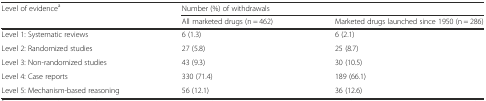
| <ROWSPAN=2> Level of evidencea | <COLSPAN=2> Number (%) of withdrawals |
 | All marketed drugs (n = 462) | Marketed drugs launched since 1950 (n = 286) |
 | --- | --- | --- |
 | Level 1: Systematic reviews | 6 (1.3) | 6 (2.1) |
 | Level 2: Randomized studies | 27 (5.8) | 25 (8.7) |
 | Level 3: Non-randomized studies | 43 (9.3) | 30 (10.5) |
 | Level 4: Case reports | 330 (71.4) | 189 (66.1) |
 | Level 5: Mechanism-based reasoning | 56 (12.1) | 36 (12.6) |